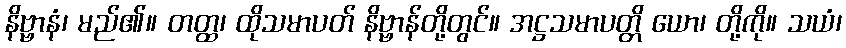
နိဗ္ဗာနံ၊ မည်၏။ တတ္ထ၊ ထိုသမာပတ် နိဗ္ဗာန်တို့တွင်။ အဋ္ဌသမာပတ္တိ ယော၊ တို့ကို။ သယံ၊